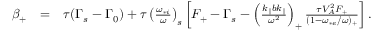
\begin{array} { r l r } { \beta _ { + } } & { = } & { \tau ( \Gamma _ { s } - \Gamma _ { 0 } ) + \tau \left( \frac { \omega _ { * i } } { \omega } \right) _ { s } \left[ F _ { + } - \Gamma _ { s } - \left( \frac { k _ { \parallel } b k _ { \parallel } } { \omega ^ { 2 } } \right) _ { + } \frac { \tau V _ { A } ^ { 2 } F _ { + } } { ( 1 - \omega _ { * e } / \omega ) _ { + } } \right] . } \end{array}